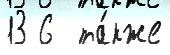
13 6  та́кже